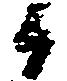
候